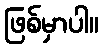
ဖြစ်မှာပါ။